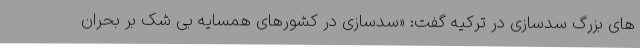
های بزرگ سدسازی در ترکیه گفت: «سدسازی در کشورهای همسایه بی شک بر بحران